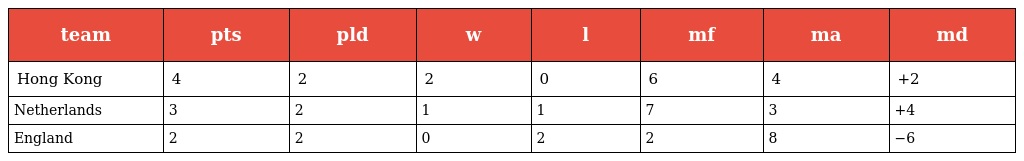
| team | pts | pld | w | l | mf | ma | md |
 | --- | --- | --- | --- | --- | --- | --- | --- |
 | Hong Kong | 4 | 2 | 2 | 0 | 6 | 4 | +2 |
 | Netherlands | 3 | 2 | 1 | 1 | 7 | 3 | +4 |
 | England | 2 | 2 | 0 | 2 | 2 | 8 | −6 |